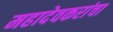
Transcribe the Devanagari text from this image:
महादेवकरांचा